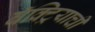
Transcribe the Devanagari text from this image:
बॅक्ट्रियाची